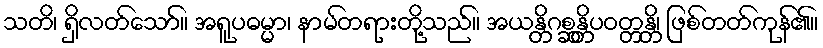
သတိ၊ ရှိလတ်သော်။ အရူပဓမ္မာ၊ နာမ်တရားတို့သည်။ အယန္တိဂစ္ဆန္တိပဝတ္တန္တိ၊ ဖြစ်တတ်ကုန်၏။